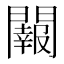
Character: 𨷂